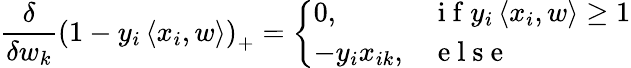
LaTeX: \frac{\delta}{\delta w_{k}}\left(1-y_{i}\left\langle x_{i},w\right\rangle\right)_{+}=\left\{ \begin{array}{ll}{0,}&{\mathrm{~i~f~}y_{i}\left\langle x_{i},w\right\rangle\geq 1}\\ {-y_{i}x_{ik},}&{\mathrm{~e~l~s~e~}}\end{array}\right.